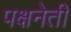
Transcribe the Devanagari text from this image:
पक्षनेती